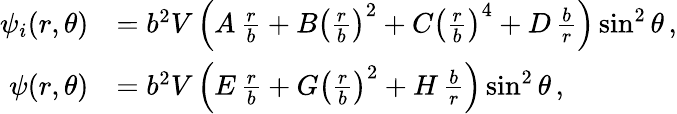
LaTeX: \begin{array}{rl}{\psi_{i}(r,\theta)}&{=b^{2}V\left(A\, \frac{r}{b}+B\left(\frac{r}{b}\right)^{2}+C\left(\frac{r}{b}\right)^{4}+D\, \frac{b}{r}\right)\sin^{2}\theta\, ,}\\ {\psi(r,\theta)}&{=b^{2}V\left(E\, \frac{r}{b}+G\left(\frac{r}{b}\right)^{2}+H\, \frac{b}{r}\right)\sin^{2}\theta\, ,}\end{array}